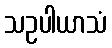
သဥပါယာသံ